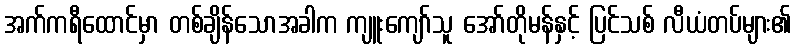
အက်ကရီထောင်မှာ တစ်ချိန်သောအခါက ကျူးကျော်သူ အော်တိုမန်နှင့် ပြင်သစ် လီယံတပ်များ၏